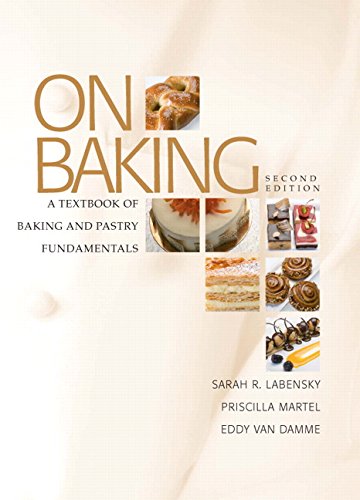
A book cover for On Baking: A Textbook of Baking and Pastry Fundamentals (2nd Edition); Sarah R. Labensky; Cookbooks, Food & Wine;